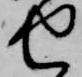
せ